65_HS1-834228961_62-HQ-83894_Section_9
Agency: FBI
Page 223
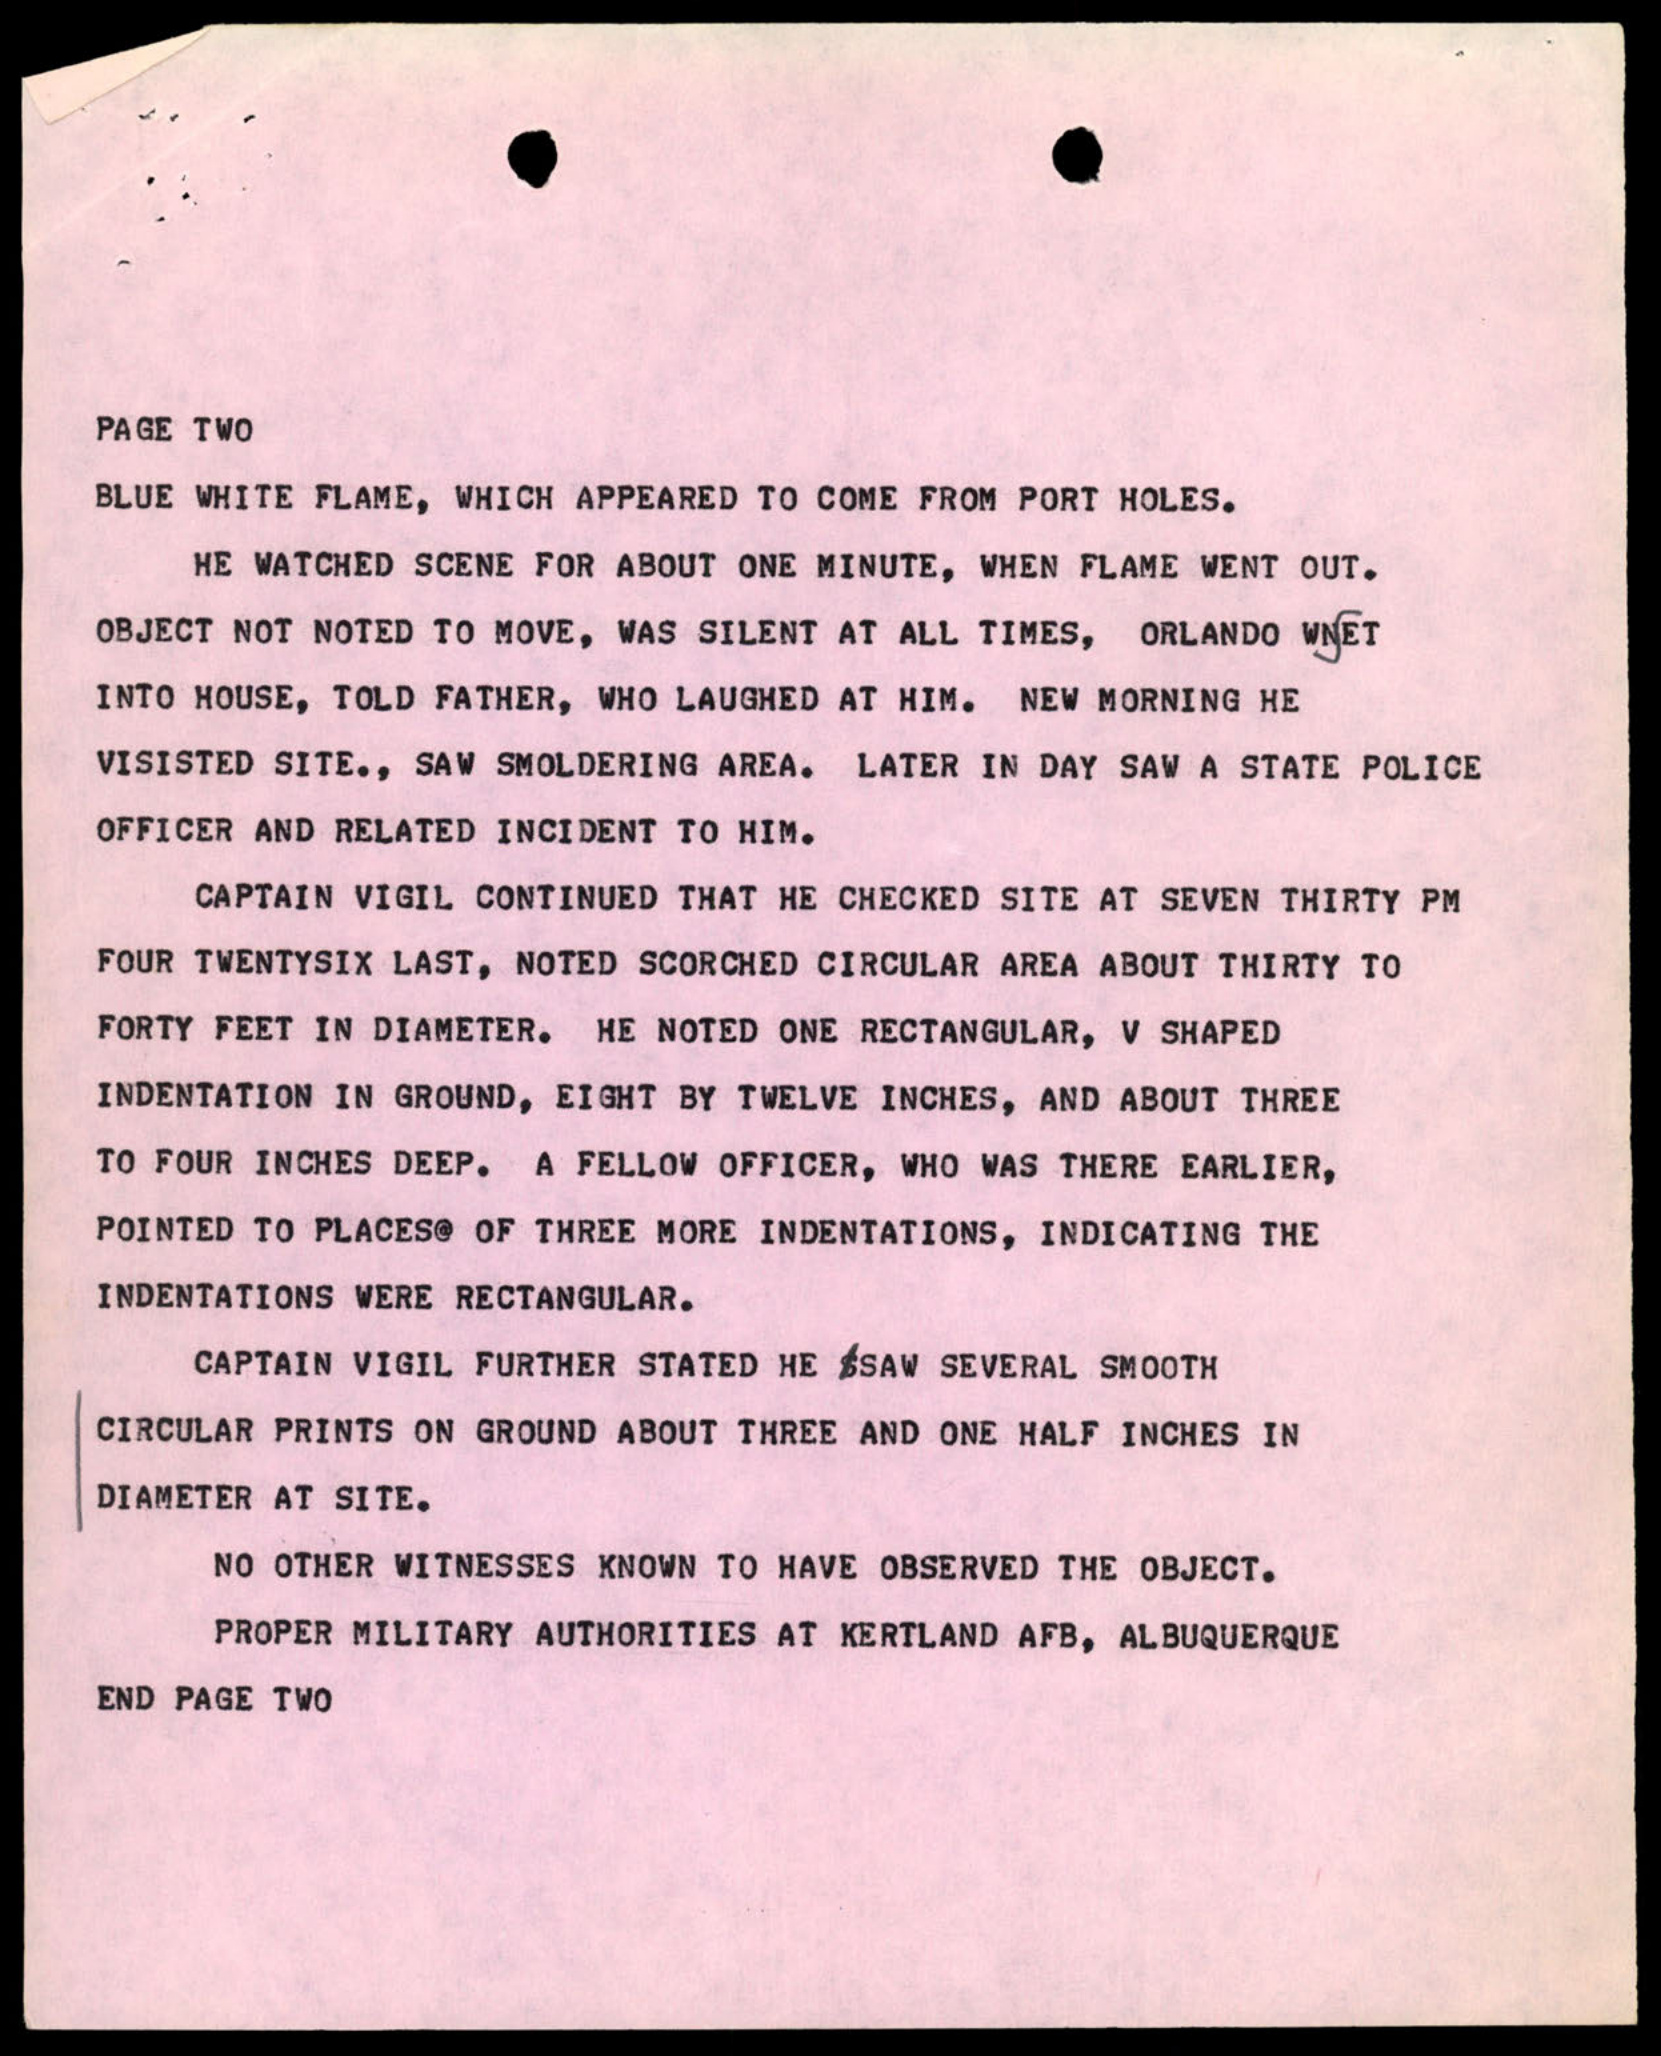